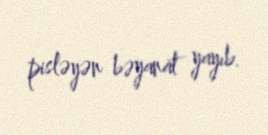
pisləyən bəyanat yayıb.